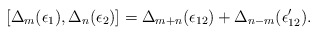
\begin{align*}[\Delta_{m} (\epsilon_1), \Delta_{n} (\epsilon_2)] =\Delta_{m + n} (\epsilon_{12}) + \Delta_{n - m}(\epsilon'_{12}). \end{align*}